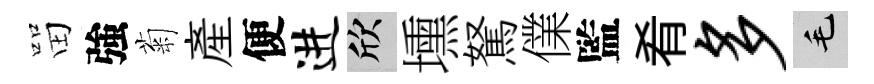
㽞強菊産便进欣壎駑㒒監肴多毛